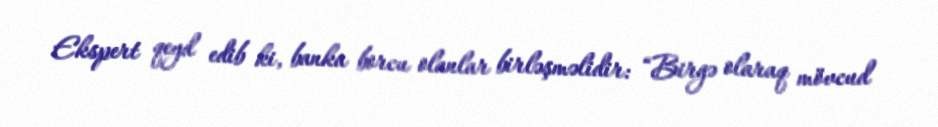
Ekspert qeyd edib ki, banka borcu olanlar birləşməlidir: “Birgə olaraq mövcud